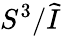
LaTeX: S^{3}/{\widetilde{I}}